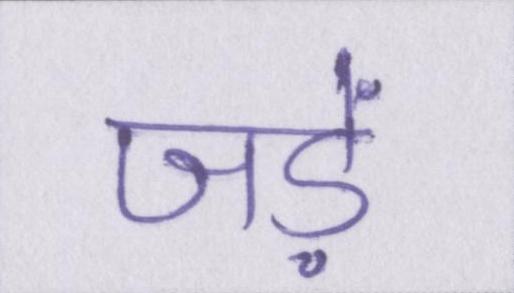
जड़ें